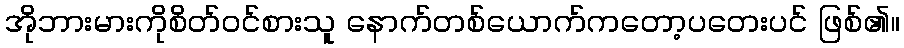
အိုဘားမားကိုစိတ်ဝင်စားသူ နောက်တစ်ယောက်ကတော့ပတေးပင် ဖြစ်၏။